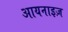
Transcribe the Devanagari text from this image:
आयनाइज़